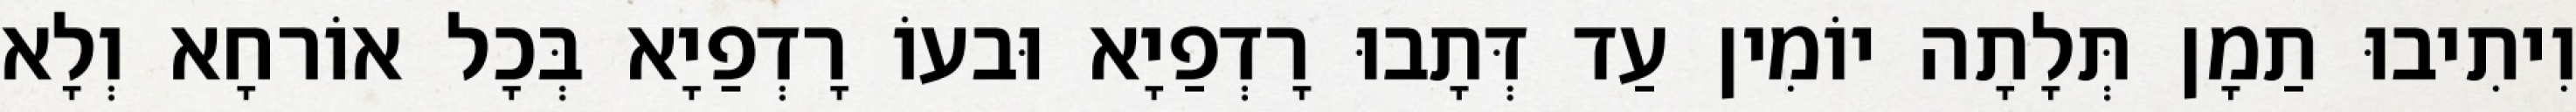
וִיתִיבוּ תַמָן תְּלָתָה יוֹמִין עַד דְּתָבוּ רָדְפַיָא וּבעוֹ רָדְפַיָא בְּכָל אוֹרחָא וְלָא